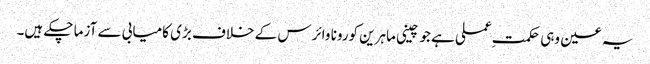
یہ عین وہی حکمتِ عملی ہے جو چینی ماہرین کورونا وائرس کے خلاف بڑی کامیابی سے آزما چکے ہیں۔